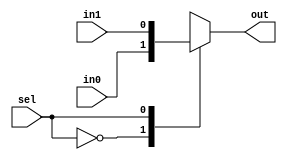
module C_Mux(sel, in0, in1, out);

	parameter BITS = 1;
	input sel;
	input [BITS-1:0] in0;
	input [BITS-1:0] in1;
	output reg [BITS-1:0] out;

	always @ (sel or in0 or in1) begin
		case(sel)
			1'b0 : out = in0;
			1'b1 : out = in1;
		endcase
	end

endmodule